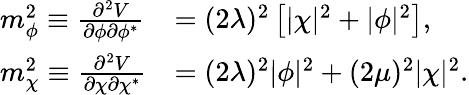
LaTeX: \begin{array}{ll}{{m_{\phi}^{2}\equiv\frac{\partial^{2}V}{\partial\phi\partial\phi^{*}}}}&{{=(2\lambda)^{2}\left[|\chi|^{2}+|\phi|^{2}\right],}}\\ {{m_{\chi}^{2}\equiv\frac{\partial^{2}V}{\partial\chi\partial\chi^{*}}}}&{{=(2\lambda)^{2}|\phi|^{2}+(2\mu)^{2}|\chi|^{2}.}}\end{array}